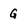
Character: G